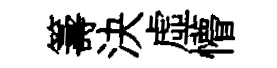
籌決虚懵